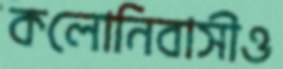
কলোনিবাসীও